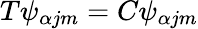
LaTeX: T\psi_{\alpha jm}=C\psi_{\alpha jm}